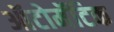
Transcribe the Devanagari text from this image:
ऑटोमॅटिक